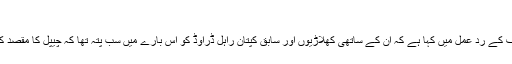
‘
ادھر سابق بھارتی کپتان سورو گنگولی نے اس انکشاف کے رد عمل میں کہا ہے کہ ان کے ساتھی کھلاڑیوں اور سابق کپتان راہل ڈراوڈ کو اس بارے میں سب پتہ تھا کہ چیپل کا مقصد کیا تھا لیکن پھر بھی ڈراوڈ چیپل پر قابو نہیں پا سکے۔